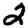
Digit: 2